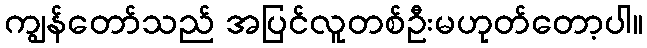
ကျွန်တော်သည် အပြင်လူတစ်ဦးမဟုတ်တော့ပါ။